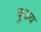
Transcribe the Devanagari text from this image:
कुडय